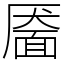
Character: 靥